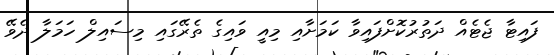
ފައިޓާ ޖެޓެއް ދަތުރުކޮށްފައިިވާ ކަމަށާއި މިއީ ވައިގެ ތެރޭގައި މިސައިލް ހަަމަލާ ދެވޭ